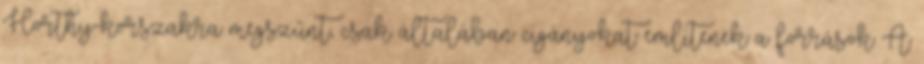
Horthy-korszakra megszűnt, csak általában cigányokat említenek a források A